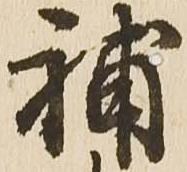
補